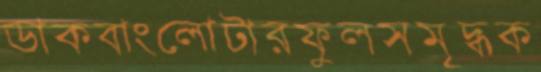
ডাকবাংলোটারফুলসমৃদ্ধক